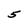
Character: 5